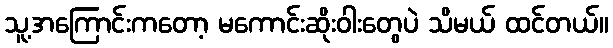
သူ့အကြောင်းကတော့ မကောင်းဆိုးဝါးတွေပဲ သိမယ် ထင်တယ်။